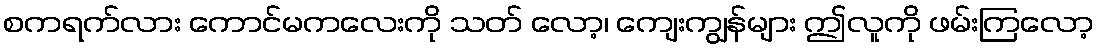
စကရက်လား ကောင်မကလေးကို သတ် လော့၊ ကျေးကျွန်များ ဤလူကို ဖမ်းကြလော့